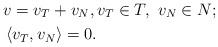
LaTeX: \begin{align*}& v= v_T + v_N, v_T\in T, \ v_N \in N; \\& \left\langle v_T , v_N \right\rangle = 0.\end{align*}